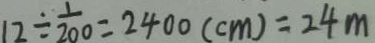
1 2 \div \frac { 1 } { 2 0 0 } = 2 4 0 0 ( c m ) = 2 4 m